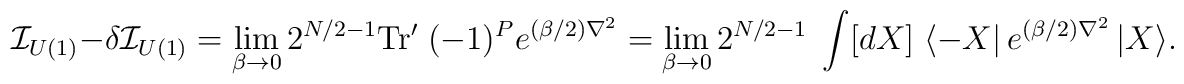
{\cal I}_{U(1)}-\delta{\cal I}_{U(1)}=\lim_{\beta\rightarrow 0} 2^{N/2-1}{\rm Tr'}\;(-1)^Pe^{(\beta/2)\nabla^2}=\lim_{\beta\rightarrow 0}2^{N/2-1}\; \int [dX]\;\langle -X\vert \,e^{(\beta/2)\nabla^2}\,\vert X\rangle.